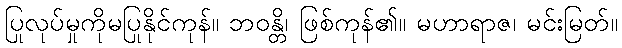
ပြုလုပ်မှုကိုမပြုနိုင်ကုန်။ ဘဝန္တိ၊ ဖြစ်ကုန်၏။ မဟာရာဇ၊ မင်းမြတ်။